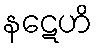
နဋေဟိ